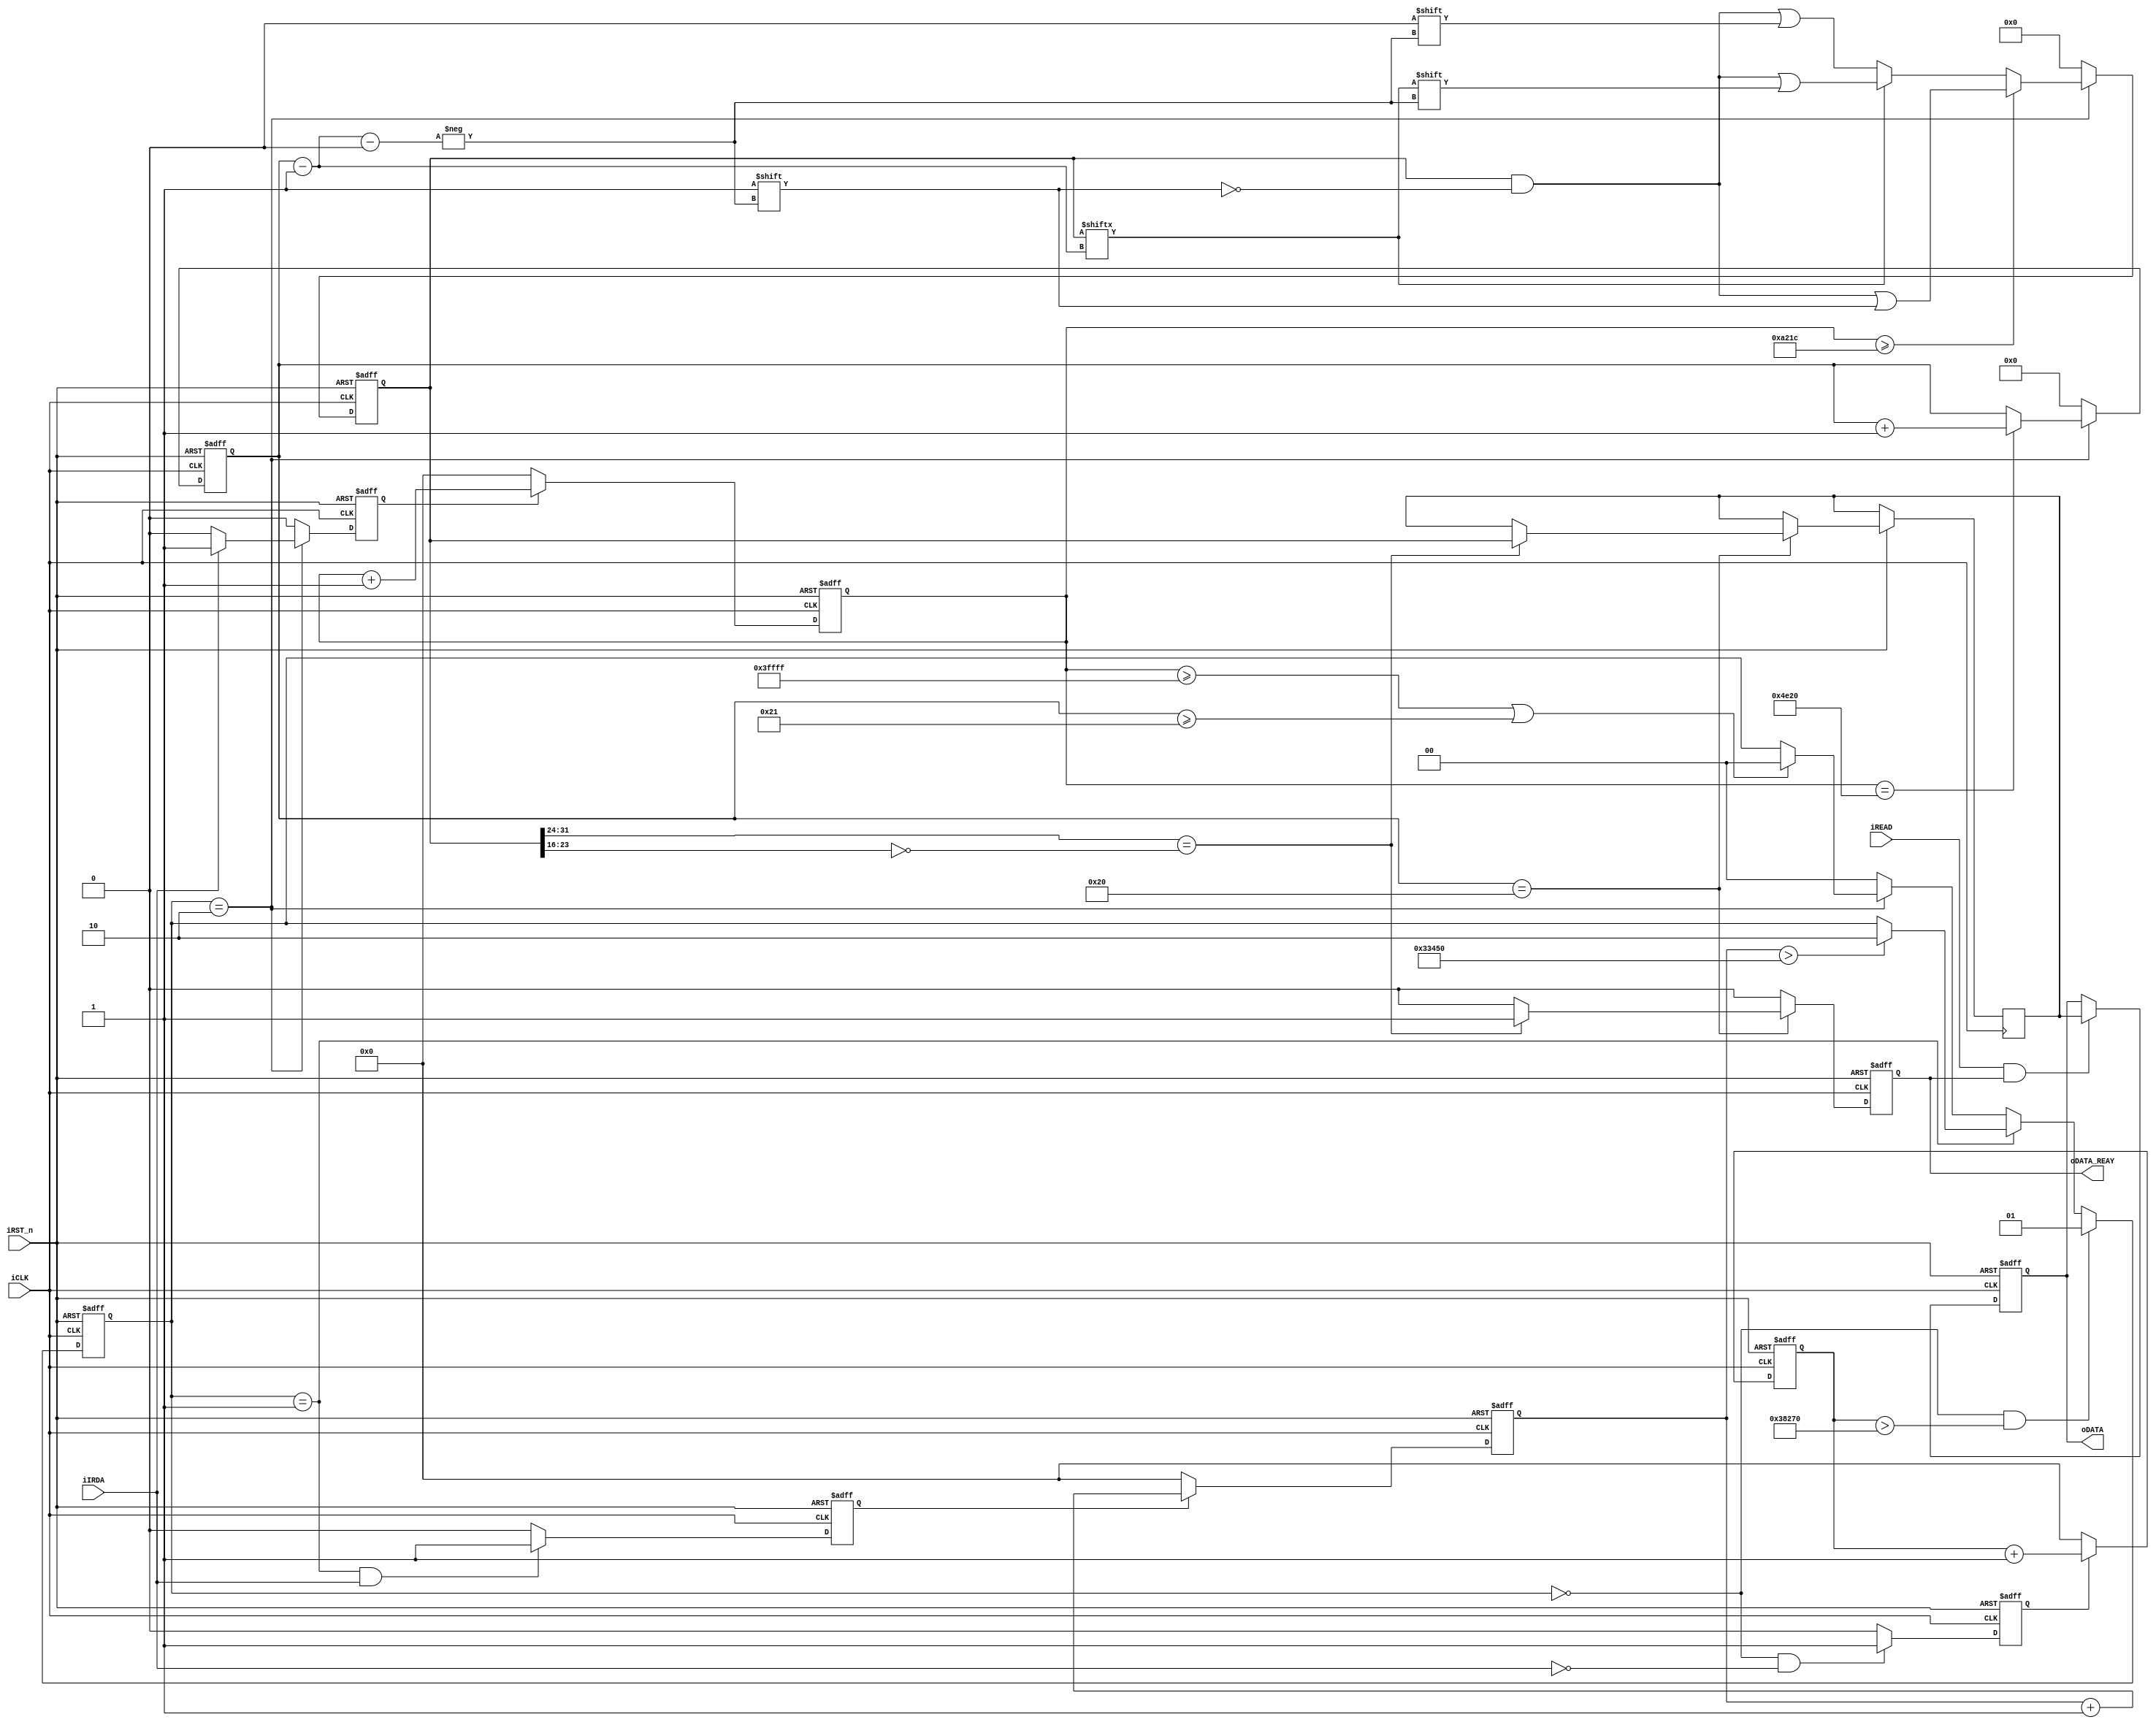
// ============================================================================
// Copyright (c) 2012 by Terasic Technologies Inc.
// ============================================================================
//
// Permission:
//
//   Terasic grants permission to use and modify this code for use
//   in synthesis for all Terasic Development Boards and Altera Development 
//   Kits made by Terasic.  Other use of this code, including the selling 
//   ,duplication, or modification of any portion is strictly prohibited.
//
// Disclaimer:
//
//   This VHDL/Verilog or C/C++ source code is intended as a design reference
//   which illustrates how these types of functions can be implemented.
//   It is the user's responsibility to verify their design for
//   consistency and functionality through the use of formal
//   verification methods.  Terasic provides no warranty regarding the use 
//   or functionality of this code.
//
// ============================================================================
//           
//                     Terasic Technologies(China)Inc
//                     
//                     Wuhan, China
//                     
//
//                     web: http://www.terasic.com.cn/
//
// ============================================================================
//
// Major Functions:	IRDA receiver
//
//                  it can realize a IRDA receiver,show the user code(16 bit) on HEX4-HEX7
//                  and key value on HEX0-HEX3  7-SEGS.the user code is fixed for some 
//                  remote control and the key value is not the same for different key
// ============================================================================
//
// Revision History :
// ============================================================================
//   Ver  :| Author            :| Mod. Date   :| Changes Made:
//   V1.0 :| Peli  Li          :| 2010/03/22  :| Initial Revision
// ============================================================================

module IRDA_RECEIVE_Terasic(
					iCLK,         //clk   50MHz
					iRST_n,       //reset
					
					iIRDA,        //IRDA code input
					iREAD,        //read command
					
					oDATA_REAY,	  //data ready
					oDATA         //decode data output
					);
					
///////////////parameter///////////////
parameter IDLE = 2'b00;           //always high voltage level
parameter GUIDANCE = 2'b01;       //9 ms low voltage and 4.5 ms high voltage
parameter DATAREAD = 2'b10;       //0.6ms low voltage start and with 0.52ms high voltage is 0,with 1.66ms high voltage is 1, 32bit in sum.

parameter IDLE_HIGH_DUR      =  262143;  // data_count    131071*0.02us = 5.24ms, threshold for DATAREAD-----> IDLE
parameter GUIDE_LOW_DUR      =  230000;  // idle_count    230000*0.02us = 4.60ms, threshold for IDLE--------->GUIDANCE
parameter GUIDE_HIGH_DUR     =  210000;  // state_count   210000*0.02us = 4.20ms,  4.5-4.2 = 0.3ms<BIT_AVAILABLE_DUR = 0.4ms,threshold for GUIDANCE------->DATAREAD
parameter DATA_HIGH_DUR      =  41500;	 // data_count    41500 *0.02us = 0.83ms, sample time from the posedge of iIRDA
parameter BIT_AVAILABLE_DUR  = 20000;    // data_count  20000.0.02us = 0.4ms,the sample bit pointer,can inhibit the interference from iIRDA signal
////////port ////////////

input iCLK;    //input clk,50MHz
input iRST_n;  //rst
input iIRDA;   //Irda RX output decoded data
input iREAD;   //read command

output  oDATA_REAY;  //data ready flag
output [31:0] oDATA; //output data ,32bit 

/////////reg or wire/////////////////////

reg DATA_REAY;             //data ready flag

reg [17:0] idle_count;     //idle_count counter work under data_read state
reg idle_count_flag;       //idle_count conter flag

reg [17:0] state_count;    //state_count counter work under guide state
reg state_count_flag;      //state_count conter flag

reg [17:0] data_count;     //data_count counter work under data_read state
reg data_count_flag;       //data_count conter flag


reg [5:0] bitcount;        //sample bit pointer
reg [1:0] state;           //state reg
reg [31:0] DATA;           //data reg
reg [31:0] DATA_BUF;       //data buf
reg [31:0] oDATA;          //data output reg

////////////////////stuctural code//////////////////////////////////
// initial
initial
	begin 
		state =  IDLE;     //state initial
		DATA_REAY = 1'b0;  //set the dataready flag to 0
		bitcount = 0;      //set the data reg pointer to 0
		DATA = 0;          //clear the data reg
		DATA_BUF = 0;      //clear the data buf
		state_count = 0;   //guide high level time counter 0
		data_count = 0;    //dataread state time counter 0
		idle_count = 0;    //start low voltage level time counter 0
	end
	
assign oDATA_REAY = DATA_REAY;

//idle count work on iclk under IDLE  state only
always @(negedge iRST_n or  posedge iCLK )	
   begin
	  if(!iRST_n)
		 idle_count <= 0;   //rst
	  else		 
		 begin
		    if( idle_count_flag )    //the counter start when the  flag is set 1
				idle_count <= idle_count + 1'b1;
			else  
				idle_count <= 0;	  //the counter stop when the  flag is set 0		      		 	
		 end
   end

//idle counter switch when iIRDA is low under IDLE state

always @( negedge iRST_n  or  posedge iCLK)	
   begin
	  if( !iRST_n )
		 idle_count_flag <= 1'b0;   // reset off
	   else
	     
	     begin
			   if((state == IDLE) &&(!iIRDA))       // negedge start
					idle_count_flag <= 1'b1;        //on
				else                                //negedge
					idle_count_flag <= 1'b0;		//off     		 	
		 end	  
   end  
//state count work on iclk under GUIDE  state only
always @(negedge iRST_n or  posedge iCLK )	
   begin
	  if(!iRST_n)
		 state_count <= 0;   //rst
	  else		 
		 begin
		    if( state_count_flag )    //the counter start when the  flag is set 1
				state_count <= state_count + 1'b1;
			else  
				state_count <= 0;	  //the counter stop when the  flag is set 0		      		 	
		 end
   end	

//state counter switch when iIRDA is high under GUIDE state

always @( negedge iRST_n  or  posedge iCLK)	
   begin
	  if( !iRST_n )
		 state_count_flag <= 1'b0; // reset off
	   else
	     
	     begin
			   if((state == GUIDANCE) &&(iIRDA))     // posedge start
					state_count_flag <= 1'b1;       //on
				else   //negedge
					state_count_flag <= 1'b0;		//off     		 	
		 end	  
   end  

//state change between IDLE,GUIDE,DATA_READ according to irda edge or counter
always @(negedge iRST_n or posedge iCLK ) 
   begin
	   if(!iRST_n)	     
	      state <= IDLE;    //RST 
	   else 
	      
	      begin
				if( (state == IDLE) &&(idle_count > GUIDE_LOW_DUR))  // state chang from IDLE to Guidance when detect the negedge and the low voltage last for >2.6ms
				   state <= GUIDANCE;           
				else if ( state == GUIDANCE )      //state change from GUIDANCE to dataread if state_coun>13107 =2.6ms
				       begin 
				         if( state_count > GUIDE_HIGH_DUR )
				             state <= DATAREAD;
				       end
				     else if(state == DATAREAD)    //state change from DATAREAD to IDLE when data_count >IDLE_HIGH_DUR = 5.2ms,or the bit count = 33
				            begin
								if( (data_count >= IDLE_HIGH_DUR ) || (bitcount>= 6'b100001) )
								     state <= IDLE;
	                        end
	                       else
	                          state <= IDLE; //default
			    			
	      end
	       
   end

// data read decode counter based on iCLK
always @(negedge iRST_n or  posedge iCLK)	
   begin
	  if(!iRST_n)
		 data_count <= 1'b0;  //clear
	  else
		 
		 begin
		    if(data_count_flag)
				data_count <= data_count + 1'b1;
			else 
				data_count <= 1'b0;  //stop and clear
		 end
   end
					
//data counter switch
always @(negedge iRST_n  or posedge iCLK  )
	begin
	   if(!iRST_n) 
		    data_count_flag <= 0;		       //reset off the counter
	   else
	     	
	     	begin
			 if(state == DATAREAD)
			   begin
				 if(iIRDA)                 
				     data_count_flag <= 1'b1;  //on when posedge
				 else
				     data_count_flag <= 1'b0;  //off when negedge
			   end
			 else 
			   data_count_flag <= 1'b0;        //off when other state				
	     end
	end	

// data decode base on the value of data_count 	
always @(negedge iRST_n or posedge iCLK )
	begin
	    if( (!iRST_n) )
	        DATA <= 0;      //rst
		else
			
			begin 
	         if (state == DATAREAD )
			  begin
			     if(data_count >= DATA_HIGH_DUR )//2^15 = 32767*0.02us = 0.64us
			        DATA[bitcount-1'b1] <= 1'b1; //>0.52ms  sample the bit 1
				 else					
				    begin
				    if(DATA[bitcount-1'b1]==1)
						DATA[bitcount-1'b1] <= DATA[bitcount-1'b1]; //<=0.52   sample the bit 0
					else
					    DATA[bitcount-1'b1] <= 1'b0;
					end
			  end
			 else
			     DATA <= 0;
		   end	
	end	
	
// data reg pointer counter 
always @(negedge iRST_n or posedge iCLK )
begin
    if (!iRST_n)
      bitcount <= 1'b0;  //rst
	else
	  
	  begin
	    if(state == DATAREAD)
			begin
				if( data_count == 20000 )
					bitcount <= bitcount + 1'b1; //add 1 when iIRDA posedge
			end   
	    else
	       bitcount <= 1'b0;
	  end
end   

// set the data_ready flag 
always @(negedge iRST_n or posedge iCLK) 
begin
	if(!iRST_n)
	   DATA_REAY <=1'b0 ; //rst
    else
       
       begin
		if(bitcount == 6'b100000)   //32bit sample over
		    begin
				if( DATA[31:24]== ~DATA[23:16])
				  begin		
					DATA_BUF <= DATA;   //fetch the value to the databuf from the data reg
				 	DATA_REAY <= 1'b1;  //set the data ready flag
				  end	
				else
				    DATA_REAY <=1'b0 ;  //data error
		    end
		else
		    DATA_REAY <=1'b0 ;          //not ready
	   end	
end	
//read data
always @(negedge iRST_n or posedge iCLK)
begin
	if(!iRST_n)
		oDATA <= 32'b0000; //rst
	 else
	 begin   
	    if(iREAD && DATA_REAY)
	       oDATA <= DATA_BUF;  //output	    
	 end	 
end	
					
endmodule